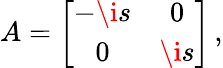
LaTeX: A=\left[\begin{array}{cc}{{-\i s}}&{{0}}\\ {{0}}&{{\i s}}\end{array}\right]\, ,